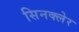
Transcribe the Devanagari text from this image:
सिनक्लेर